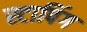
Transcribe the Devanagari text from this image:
स्टापिंग